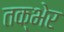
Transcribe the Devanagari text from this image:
तक्भेर